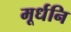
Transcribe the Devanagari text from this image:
मूर्धनि